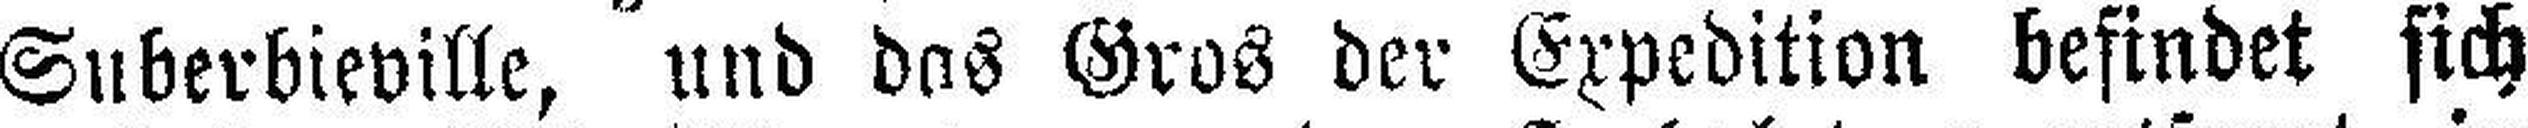
Suberbieville, und das Gros der Expedition befindet sich